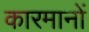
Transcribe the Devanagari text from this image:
कारमानों